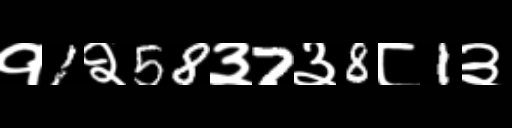
Text: १1२58३7३8८1३